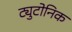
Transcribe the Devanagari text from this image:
ट्युटोनिक